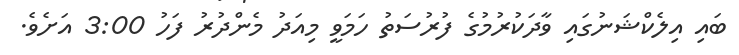
ބައި އިލެކްޝަނުގައި ވާދަކުރުމުގެ ފުރުސަތު ހަމަވީ މިއަދު މެންދުރު ފަހު 3:00 އަށެވެ.